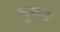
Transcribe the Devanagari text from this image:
चुख्स